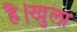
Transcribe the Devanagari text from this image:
है।खुला